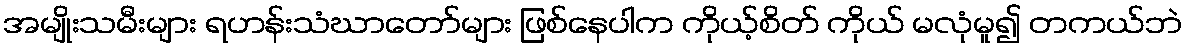
အမျိုးသမီးများ ရဟန်းသံဃာတော်များ ဖြစ်နေပါက ကိုယ့်စိတ် ကိုယ် မလုံမူ၍ တကယ်ဘဲ